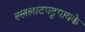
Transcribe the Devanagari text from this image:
ल्ललाटपट्टपावके